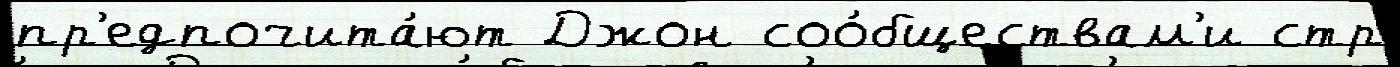
пр'едпочита́ют Джон соо́бществам'и стр